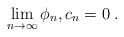
\begin{align*}\lim_{n\to\infty} \phi_n,c_n=0\;.\end{align*}